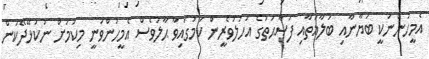
އެމީހުންނަކީ ބަޔާނާއި ބަލާޣަތާއި ފަޞާޙަތުގެ އަހުލުވެރީން ކަމުގައިވާ ޙާލުވެސް އެމީހުންވަނީ މިކަމަށް ނުކުޅޭދޭކަން